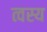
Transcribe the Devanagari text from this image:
त्वस्य